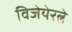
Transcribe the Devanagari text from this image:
विजेयेरत्ने